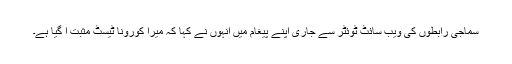
سماجی رابطوں کی ویب سائٹ ٹوئٹر سے جاری اپنے پیغام میں انہوں نے کہا کہ میرا کورونا ٹیسٹ مثبت آ گیا ہے۔